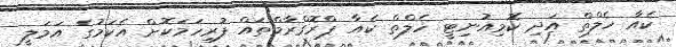
ކެއާ ހެލްތް އަދި ކޮމިއުނިޓީ ހެލްތް ކެއާ ޕްރޮގްރާމްތައް ފުރިހަމަކޮށް އެކަމުގެ އަމަލީ